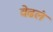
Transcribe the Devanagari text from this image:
वेढलं